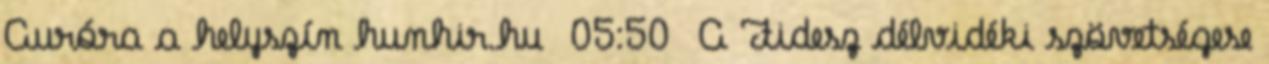
Auróra a helyszín hunhir.hu 05:50 A Fidesz délvidéki szövetségese